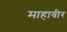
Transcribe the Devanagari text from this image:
माहावीर